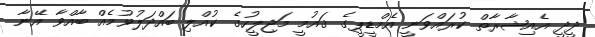
ދީދީ އެއިޝާރާތް ކުރައްވަނީ އެމްޑީޕީގެ ޤައުމީ މަޖިލީހުގެ ކުއްލި ބައްދަލުވުމެއް ބާއްވާ އޭނާ